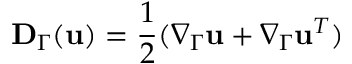
\mathbf D _ { \Gamma } ( \mathbf u ) = \frac 1 2 ( \nabla _ { \Gamma } \mathbf u + \nabla _ { \Gamma } \mathbf u ^ { T } )